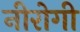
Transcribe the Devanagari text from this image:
नीरोगी